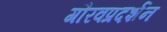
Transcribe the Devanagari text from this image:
गौरवप्रदर्शन